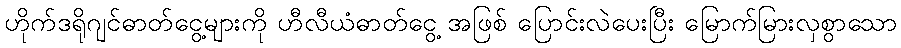
ဟိုက်ဒရိုဂျင်ဓာတ်ငွေ့များကို ဟီလီယံဓာတ်ငွေ့ အဖြစ် ပြောင်းလဲပေးပြီး မြောက်မြားလှစွာသော